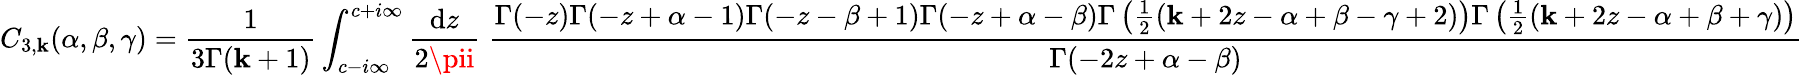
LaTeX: C_{3,\mathbf{k}}(\alpha,\beta,\gamma)=\frac{{1}}{{3\Gamma(\mathbf{k}+1)}}\int_{c-i\infty}^{c+i\infty}\frac{{\mathrm{{d}}z}}{{2\pii}}\; \frac{{\Gamma(-z)\Gamma(-z+\alpha-1)\Gamma(-z-\beta+1)\Gamma(-z+\alpha-\beta)\Gamma\left(\frac{{1}}{{2}}(\mathbf{k}+2z-\alpha+\beta-\gamma+2)\right)\Gamma\left(\frac{{1}}{{2}}(\mathbf{k}+2z-\alpha+\beta+\gamma)\right)}}{{\Gamma(-2z+\alpha-\beta)}}